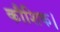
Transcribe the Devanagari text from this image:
कौशिक।